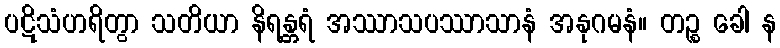
ပဋိသံဟရိတွာ သတိယာ နိရန္တရံ အဿာသပဿာသာနံ အနုဂမနံ။ တဉ္စ ခေါ န